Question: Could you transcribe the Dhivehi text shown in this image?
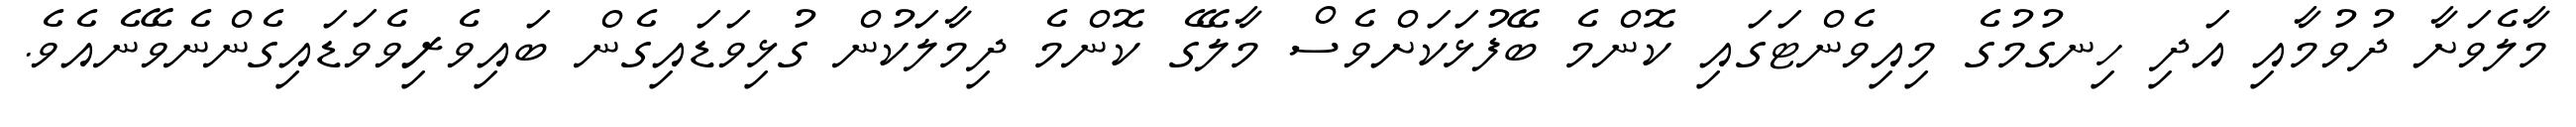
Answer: މާލެވަށާ ދުވުމާއި އަދި ހިނގުމުގެ މިއިވެންޓަގައި ކޮންމެ ބޭފުޅަކަށްވެސް މާލޭގެ ކޮންމެ ދިމާލަކުން ގުޅިވަޑައިގެން ބައިވެރިވެވަޑައިގެންނެވޭނެއެވެ.